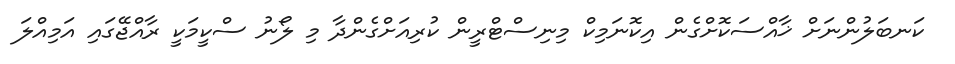
ކަނބަލުންނަށް ޚާއްސަކޮށްގެން އިކޮނަމިކް މިނިސްޓްރީން ކުރިއަށްގެންދާ މި ލޯނު ސްކީމަކީ ރާއްޖޭގައި އަމިއްލަ